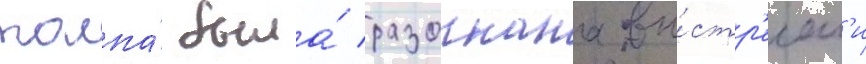
толпа́ была́ разогнана вы́стр'елам'и